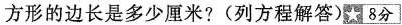
方形的边长是多少厘米?(列方程解答)[☆8分]